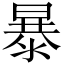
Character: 暴